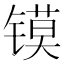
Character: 镆